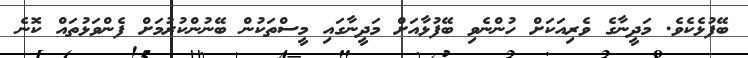
ބޭފުޅެކެވެ. މަދީނާގެ ވެރިއަކަށް ހުންނެވި ބޭފުޅާއަށް މަދީނާގައި މީސްތަކުން ބޭނުންކުރުމަށް ފެންވަޅުތައް ކޮނެ